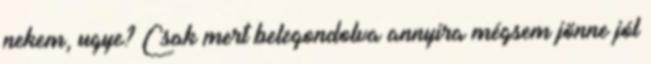
nekem, ugye? Csak mert belegondolva annyira mégsem jönne jól